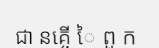
ជា នគ្ចើ ៃ ពួ ក